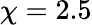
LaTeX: \chi=2.5